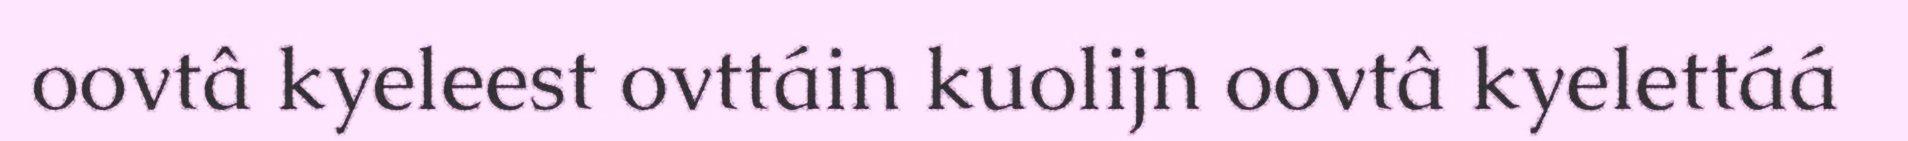
oovtâ kyeleest ovttáin kuolijn oovtâ kyelettáá